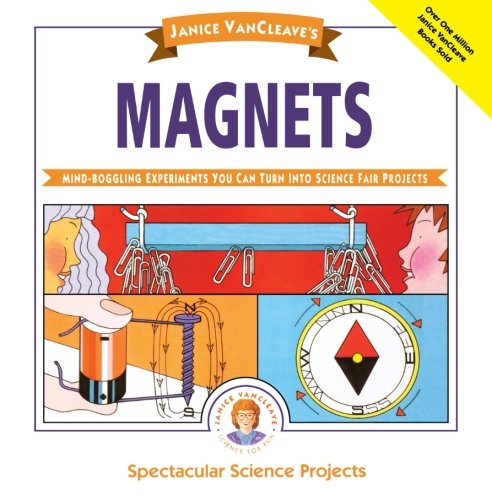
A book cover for Janice VanCleave's Magnets: Mind-boggling Experiments You Can Turn Into Science Fair Projects; Janice VanCleave; Children's Books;